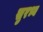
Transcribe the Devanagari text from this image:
सुरभ्य